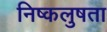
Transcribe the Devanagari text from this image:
निष्कलुषता